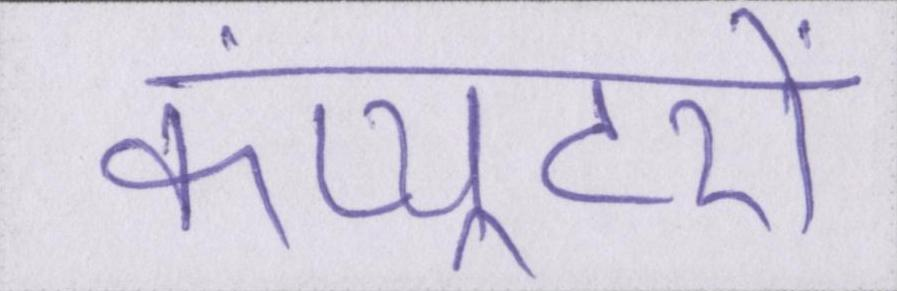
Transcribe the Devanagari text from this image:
कंप्यूटरों